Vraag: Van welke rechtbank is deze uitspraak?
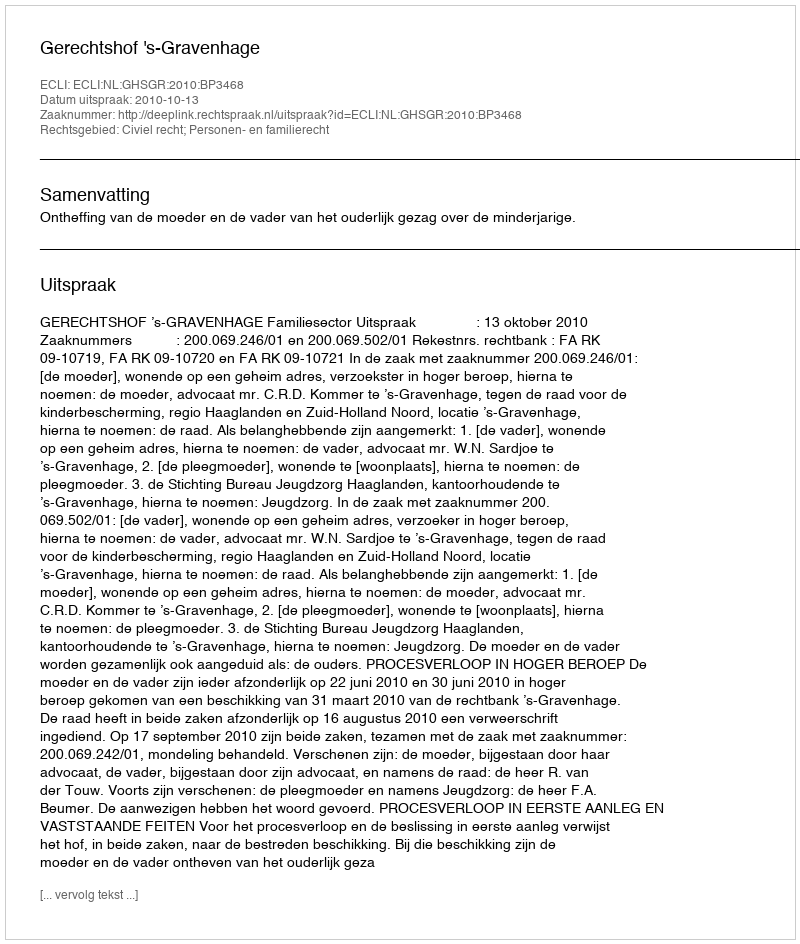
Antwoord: Gerechtshof 's-Gravenhage